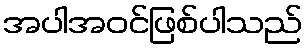
အပါအဝင်ဖြစ်ပါသည်